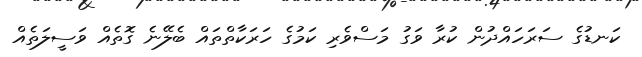
ކަނޑުގެ ސަރަހައްދުން ކުރާ ވަގު މަސްވެރި ކަމުގެ ހަރަކާތްތައް ބެލޭނެ ގޮތެއް ވަސީލަތެއް